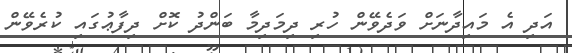
އަދި އެ މައިދާނަށް ވަދެވޭން ހުރި ދިމަދިމާ ބަންދު ކޮށް ދިފާޢުގައި ކުރެވޭން